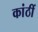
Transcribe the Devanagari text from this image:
कांठीं